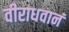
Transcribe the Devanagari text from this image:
वीराधवानं